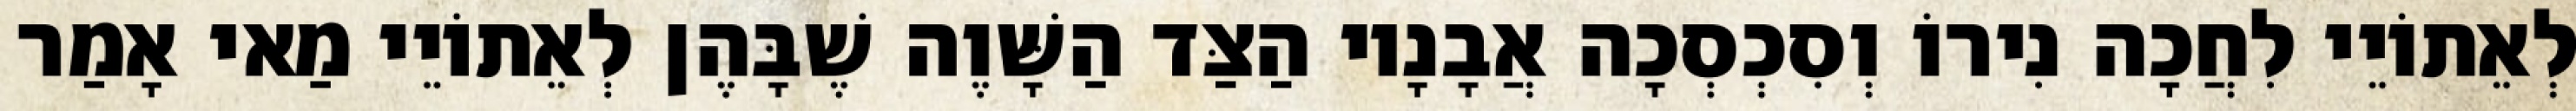
לְאֵתוֹיֵי לִחֲכָה נִירוֹ וְסִכְסְכָה אֲבָנָיו הַצַּד הַשָּׁוֶה שֶׁבָּהֶן לְאֵתוֹיֵי מַאי אָמַר